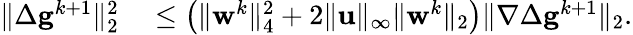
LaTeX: \begin{array}{rl}{\| \Delta\mathbf{g}^{k+1}\| _{2}^{2}}&{{}\leq\left(\| \mathbf{w}^{k}\| _{4}^{2}+2\| \mathbf{u}\| _{\infty}\| \mathbf{w}^{k}\| _{2}\right)\| \nabla\Delta\mathbf{g}^{k+1}\| _{2}.}\end{array}